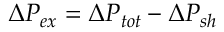
\Delta P _ { e x } = \Delta P _ { t o t } - \Delta P _ { s h }